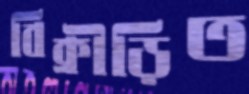
বিক্রীড়িত